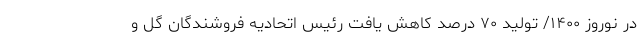
در نوروز ۱۴۰۰/ تولید ۷۰ درصد کاهش یافت رئیس اتحادیه فروشندگان گل و